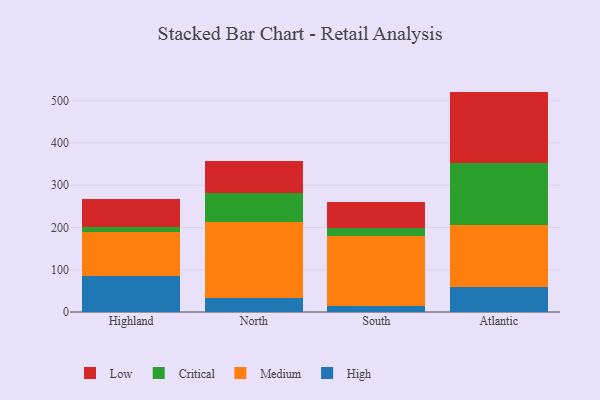
{"axis": {"x": "Region", "y": "Temperature (°C)"}, "legend": ["Critical", "High", "Low", "Medium"], "data": [{"x": "Highland", "y": 86.3, "type": "High"}, {"x": "Highland", "y": 103.7, "type": "Medium"}, {"x": "Highland", "y": 11.8, "type": "Critical"}, {"x": "Highland", "y": 64.9, "type": "Low"}, {"x": "North", "y": 32.4, "type": "High"}, {"x": "North", "y": 179.5, "type": "Medium"}, {"x": "North", "y": 69.8, "type": "Critical"}, {"x": "North", "y": 75.8, "type": "Low"}, {"x": "South", "y": 13.7, "type": "High"}, {"x": "South", "y": 166.4, "type": "Medium"}, {"x": "South", "y": 19.6, "type": "Critical"}, {"x": "South", "y": 61.5, "type": "Low"}, {"x": "Atlantic", "y": 58.9, "type": "High"}, {"x": "Atlantic", "y": 148.1, "type": "Medium"}, {"x": "Atlantic", "y": 144.6, "type": "Critical"}, {"x": "Atlantic", "y": 170.0, "type": "Low"}]}